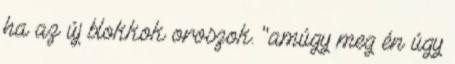
ha az új blokkok oroszok. "amúgy meg én úgy